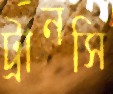
ট্রানসি